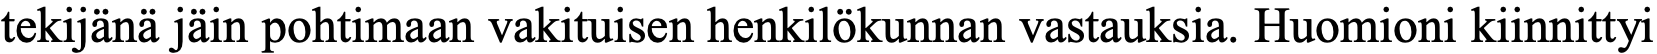
tekijänä jäin pohtimaan vakituisen henkilökunnan vastauksia. Huomioni kiinnittyi